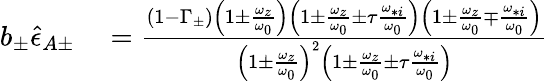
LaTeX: \begin{array}{rl}{b_{\pm}\hat{\epsilon}_{A\pm}}&{{}=\frac{\left(1-\Gamma_{\pm}\right)\left(1\pm\frac{\omega_{z}}{\omega_{0}}\right)\left(1\pm\frac{\omega_{z}}{\omega_{0}}\pm\tau\frac{\omega_{*i}}{\omega_{0}}\right)\left(1\pm\frac{\omega_{z}}{\omega_{0}}\mp\frac{\omega_{*i}}{\omega_{0}}\right)}{\left(1\pm\frac{\omega_{z}}{\omega_{0}}\right)^{2}\left(1\pm\frac{\omega_{z}}{\omega_{0}}\pm\tau\frac{\omega_{*i}}{\omega_{0}}\right)}}\end{array}